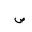
Letter: _sad